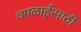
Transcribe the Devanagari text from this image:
चपळाईसाठी